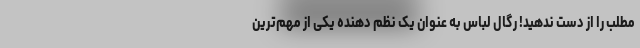
مطلب را از دست ندهید! رگال لباس به عنوان یک نظم دهنده یکی از مهم‌ترین